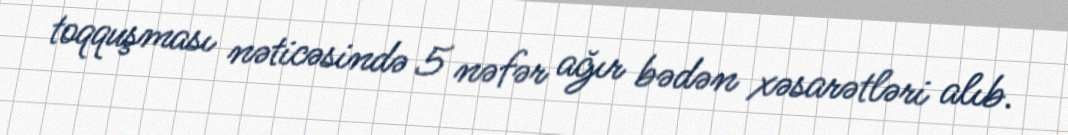
toqquşması nəticəsində 5 nəfər ağır bədən xəsarətləri alıb.